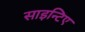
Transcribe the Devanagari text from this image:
साइन्टिए